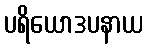
ပရိယောဒပနာယ